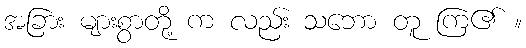
အခြား များစွာတို့ က လည်း သဘော တူ ကြ၏ ။